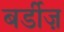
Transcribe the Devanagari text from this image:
बर्डीज़